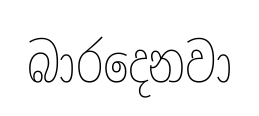
බාරදෙනවා